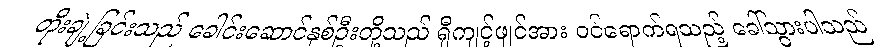
တိုးချဲ့ခြင်းသည် ခေါင်းဆောင်နှစ်ဦးတို့သည် ရှီကျင့်ဖျင်အား ဝင်ရောက်ရသည့် ခေါ်သွားပါသည်